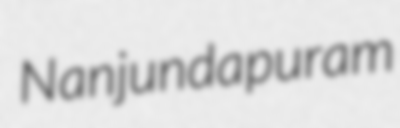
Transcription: Nanjundapuram